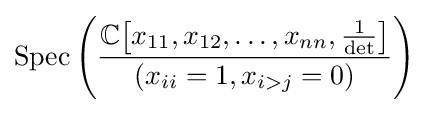
{\text{Spec}}\left({\frac {\mathbb {C} \!\left[x_{11},x_{12},\ldots ,x_{nn},{\frac {1}{\text{det}}}\right]}{(x_{ii}=1,x_{i>j}=0)}}\right)